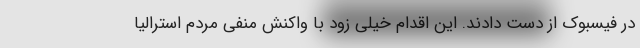
در فیسبوک از دست دادند. این اقدام خیلی زود با واکنش منفی مردم استرالیا